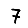
Digit: 7